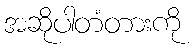
အဆိုပါတံတားကို